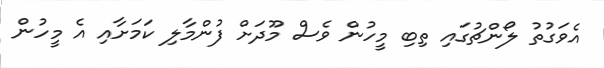
އެވަގުތު ލޯންޗުގައި ތިބި މީހުން ވެސް މޫދަށް ފުންމާލި ކަމަށާއި އެ މީހުން